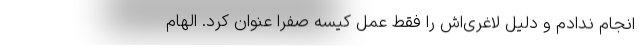
انجام ندادم و دلیل لاغری‌اش را فقط عمل کیسه صفرا عنوان کرد. الهام